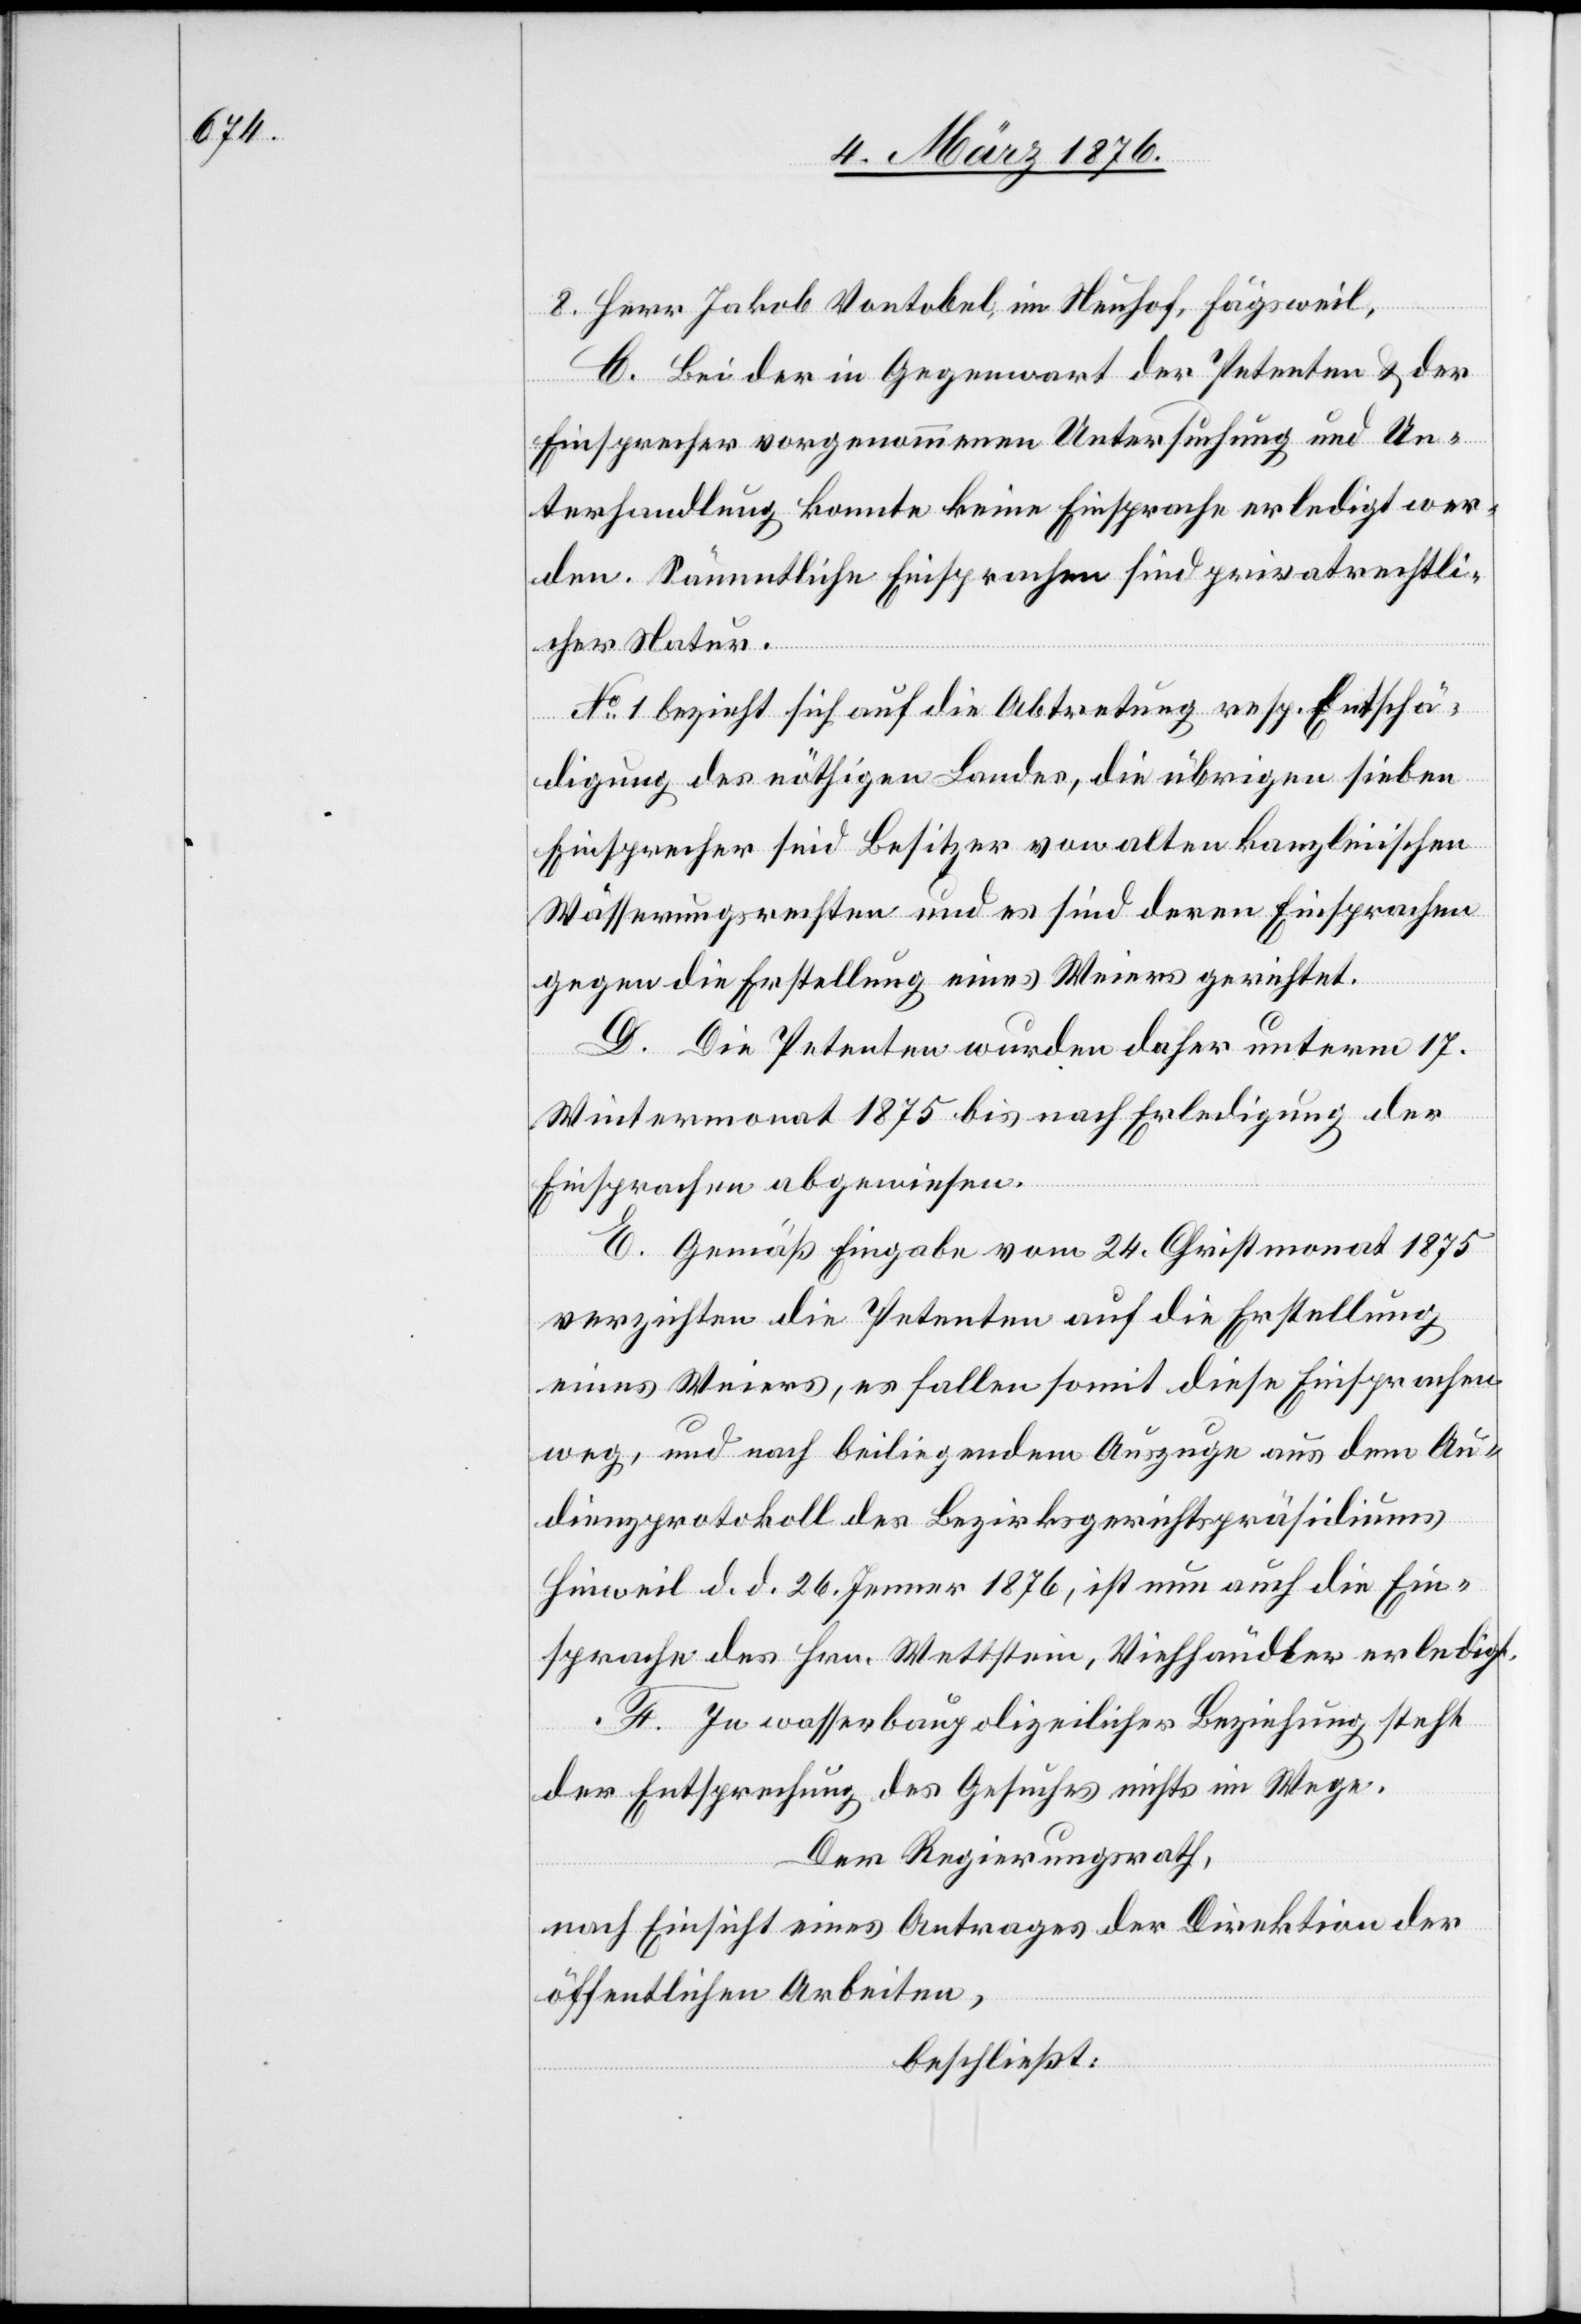
B. Bei der in Gegenwart der Petenten & der
Einsprecher vorgenommenen Untersuchung und Un¬
terhandlung konnte keine Einsprache erledigt wer¬
den. Sämmtliche Einsprachen sind privatrechtli¬
cher Natur.
No 1 bezieht sich auf die Abtretung resp. Entschä¬
digung des nöthigen Landes, die übrigen sieben
Einsprecher sind Besitzer von alten kanzleiischen
Wässerungsrechten und es sind deren Einsprachen
gegen die Erstellung eines Weiers gerichtet.
D. Die Petenten wurden daher unterm 17.
Wintermonat 1875 bis nach Erledigung der
Einsprachen abgewiesen.
E. Gemäß Eingabe vom 24. Christmonat 1875
verzichten die Petenten auf die Erstellung
eines Weiers, es fallen somit diese Einsprachen
weg, und nach beiliegendem Auszuge aus dem Au¬
dienzprotokoll des Bezirksgerichtspräsidiums
Hinweil d. d. 26. Jenner 1876, ist nun auch die Ein¬
sprache des Hrn. Wettstein, Viehhändler erledigt.
F. In wasserbaupolizeilicher Beziehung steht
der Entsprechung des Gesuches nichts im Wege.
Der Regierungsrath,
nach Einsicht eines Antrages der Direktion der
öffentlichen Arbeiten,
beschließt: